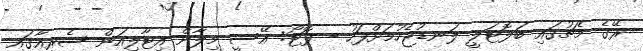
ރޭގެ މެޗުގައި ބަލޮޓަލީ ލަނޑުޖެހުމަށްފަހު - ފޮޓޯ: އޭސީ މިލާން އިޓާލިއަން ސެރީއާގައި